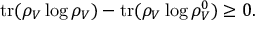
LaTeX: \mathrm { t r } ( \rho _ { V } \log \rho _ { V } ) - \mathrm { t r } ( \rho _ { V } \log \rho _ { V } ^ { 0 } ) \geq 0 .